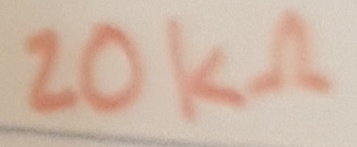
Text: 20KΩ